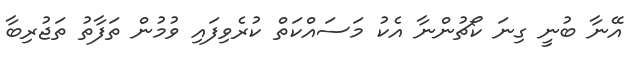
އޭނާ ބުނީ ގިނަ ކޯޗުންނާ އެކު މަސައްކަތް ކުރެވިފައި ވުމުން ތަފާތު ތަޖުރިބާ